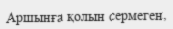
Аршынға қолын сермеген,